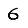
Digit: 6